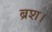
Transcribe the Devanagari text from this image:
ब्रश।